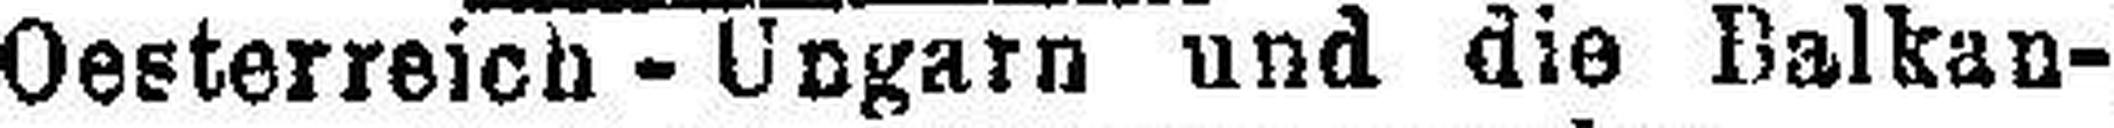
Oesterreich - Ungarn und die Balkan¬